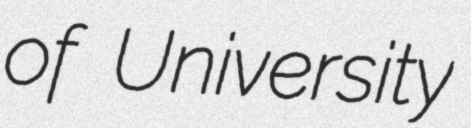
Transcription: of University